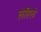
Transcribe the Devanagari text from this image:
लेहिले